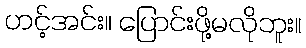
ဟင့်အင်း။ ပြောင်းဖို့မလိုဘူး။